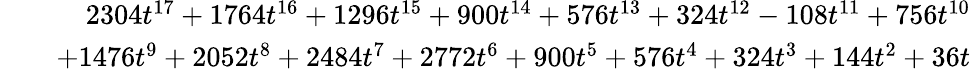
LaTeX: \begin{array}{rlr}&{}&{2304t^{17}+1764t^{16}+1296t^{15}+900t^{14}+576t^{13}+324t^{12}-108t^{11}+756t^{10}}\\ &{}&{+1476t^{9}+2052t^{8}+2484t^{7}+2772t^{6}+900t^{5}+576t^{4}+324t^{3}+144t^{2}+36t}\end{array}